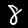
Digit: 8